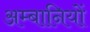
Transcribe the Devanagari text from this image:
अम्बानियों